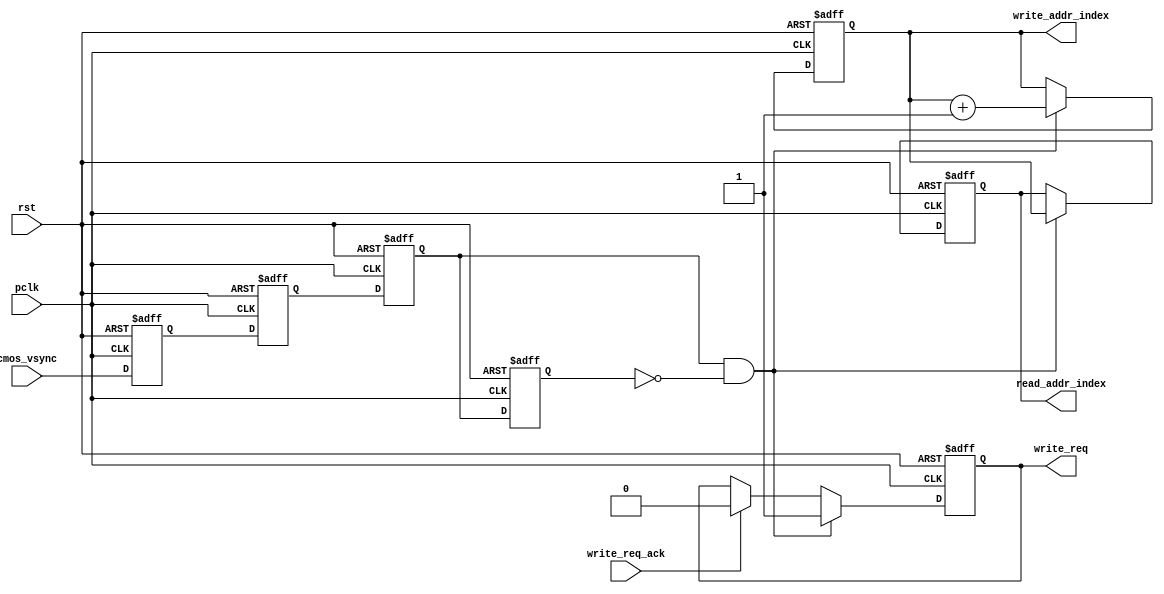
`timescale 1ns / 1ps
//////////////////////////////////////////////////////////////////////////////////
// Company: 
// Engineer: 
// 
// Design Name: 
// Module Name:     
// Project Name: 
// Target Devices: 
// Tool versions: 
// Description: 
//
// Dependencies: 
//
// Revision: 
// Revision 0.01 - File Created
// Additional Comments: 
//
//////////////////////////////////////////////////////////////////////////////////

module cmos_write_req_gen(
	input              rst,
	input              pclk,
	input              cmos_vsync,
	output reg         write_req,
	output reg[1:0]    write_addr_index,
	output reg[1:0]    read_addr_index,
	input              write_req_ack
);
reg cmos_vsync_d0;
reg cmos_vsync_d1;
reg cmos_vsync_d2;
reg cmos_vsync_d3;
always@(posedge pclk or posedge rst)
begin
	if(rst == 1'b1)
	begin
		cmos_vsync_d0 <= 1'b0;
		cmos_vsync_d1 <= 1'b0;
		cmos_vsync_d2 <= 1'b0;
		cmos_vsync_d3 <= 1'b0;		
	end
	else
	begin
		cmos_vsync_d0 <= cmos_vsync;
		cmos_vsync_d1 <= cmos_vsync_d0;
		cmos_vsync_d2 <= cmos_vsync_d1;
		cmos_vsync_d3 <= cmos_vsync_d2;
	end
end
always@(posedge pclk or posedge rst)
begin
	if(rst == 1'b1)
		write_req <= 1'b0;
	else if(cmos_vsync_d2 == 1'b1 && cmos_vsync_d3 == 1'b0)
		write_req <= 1'b1;
	else if(write_req_ack == 1'b1)
		write_req <= 1'b0;
end
always@(posedge pclk or posedge rst)
begin
	if(rst == 1'b1)
		write_addr_index <= 2'b0;
	else if(cmos_vsync_d2 == 1'b1 && cmos_vsync_d3 == 1'b0)
		write_addr_index <= write_addr_index + 2'd1;
end

always@(posedge pclk or posedge rst)
begin
	if(rst == 1'b1)
		read_addr_index <= 2'b0;
	else if(cmos_vsync_d2 == 1'b1 && cmos_vsync_d3 == 1'b0)
		read_addr_index <= write_addr_index;
end
endmodule